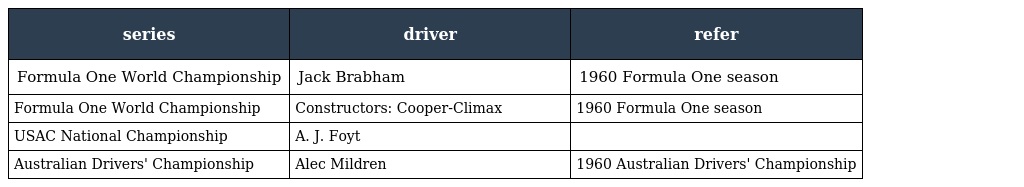
| series | driver | refer |
 | --- | --- | --- |
 | Formula One World Championship | Jack Brabham | 1960 Formula One season |
 | Formula One World Championship | Constructors: Cooper-Climax | 1960 Formula One season |
 | USAC National Championship | A. J. Foyt |  |
 | Australian Drivers' Championship | Alec Mildren | 1960 Australian Drivers' Championship |